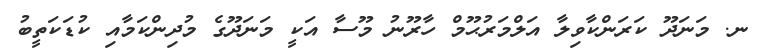
ނ. މަނަދޫ ކަރަންކާވިލާ އަލްމަރުޙޫމް ހާރޫނު މޫސާ އަކީ މަނަދޫގެ މުދިންކަމާއި ކުޑަކަތީބު